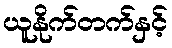
ယူနိုက်တက်နှင့်